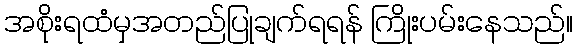
အစိုးရထံမှအတည်ပြုချက်ရရန် ကြိုးပမ်းနေသည်။